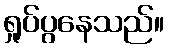
ရှုပ်ပွနေသည်။